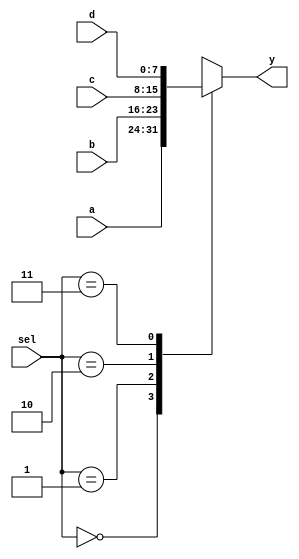
module mux_4x_nbit
    // Parameters section
  #( parameter BUS_WIDTH = 8)
    // Ports section
  (input [BUS_WIDTH-1:0] a,
   input [BUS_WIDTH-1:0] b,
   input [BUS_WIDTH-1:0] c,
   input [BUS_WIDTH-1:0] d,
   input [1:0] sel,
   output reg [BUS_WIDTH-1:0] y
  );
  
  always @(*) begin
    case (sel)
        2'd0 :  begin y = a; end
        2'd1 :  begin y = b; end
        2'd2 :  begin y = c; end
        2'd3 :  begin y = d; end
        default: begin y = a; end
    endcase
  end
  
endmodule


`timescale 1us/1ns
module tb_mux_4x_nbit(
    // no inputs here ;)
    );
	
   parameter BUS_WIDTH = 8;
   reg [BUS_WIDTH-1:0] a;
   reg [BUS_WIDTH-1:0] b;
   reg [BUS_WIDTH-1:0] c;
   reg [BUS_WIDTH-1:0] d;
   reg [1:0] sel;
   wire [BUS_WIDTH-1:0] y;
   integer i;


    // Instantiate the DUT 
    mux_4x_nbit
        #(.BUS_WIDTH(BUS_WIDTH))
        MUX0 (
        .a(a),
        .b(b),
        .c(c),
        .d(d),
        .sel(sel),
        .y(y)
    );
  
    // Create stimulus
    initial begin
        $monitor($time, " a = %d, b = %d, c = %d, d = %d, sel = %d, y = %d", 
                 a, b, c, d, sel, y);
        #1; sel = 0; a = 0; b = 0; c = 0; d = 0;
        for (i = 0; i<8; i=i+1) begin
            #1; sel = $urandom%4; a = $urandom; b = $urandom; c = $urandom; d = $urandom;
        end
    end
  
endmodule